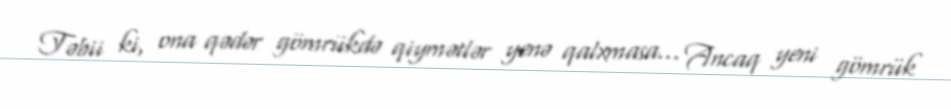
Təbii ki, ona qədər gömrükdə qiymətlər yenə qalxmasa... Ancaq yeni gömrük